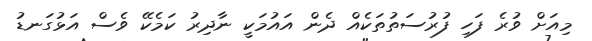
މިއަށް ވުރެ ފަހި ފުރުސަތުތަކެއް ދެން އައުމަކީ ނާދިރު ކަމެކޭ ވެސް އަޅުގަނޑު